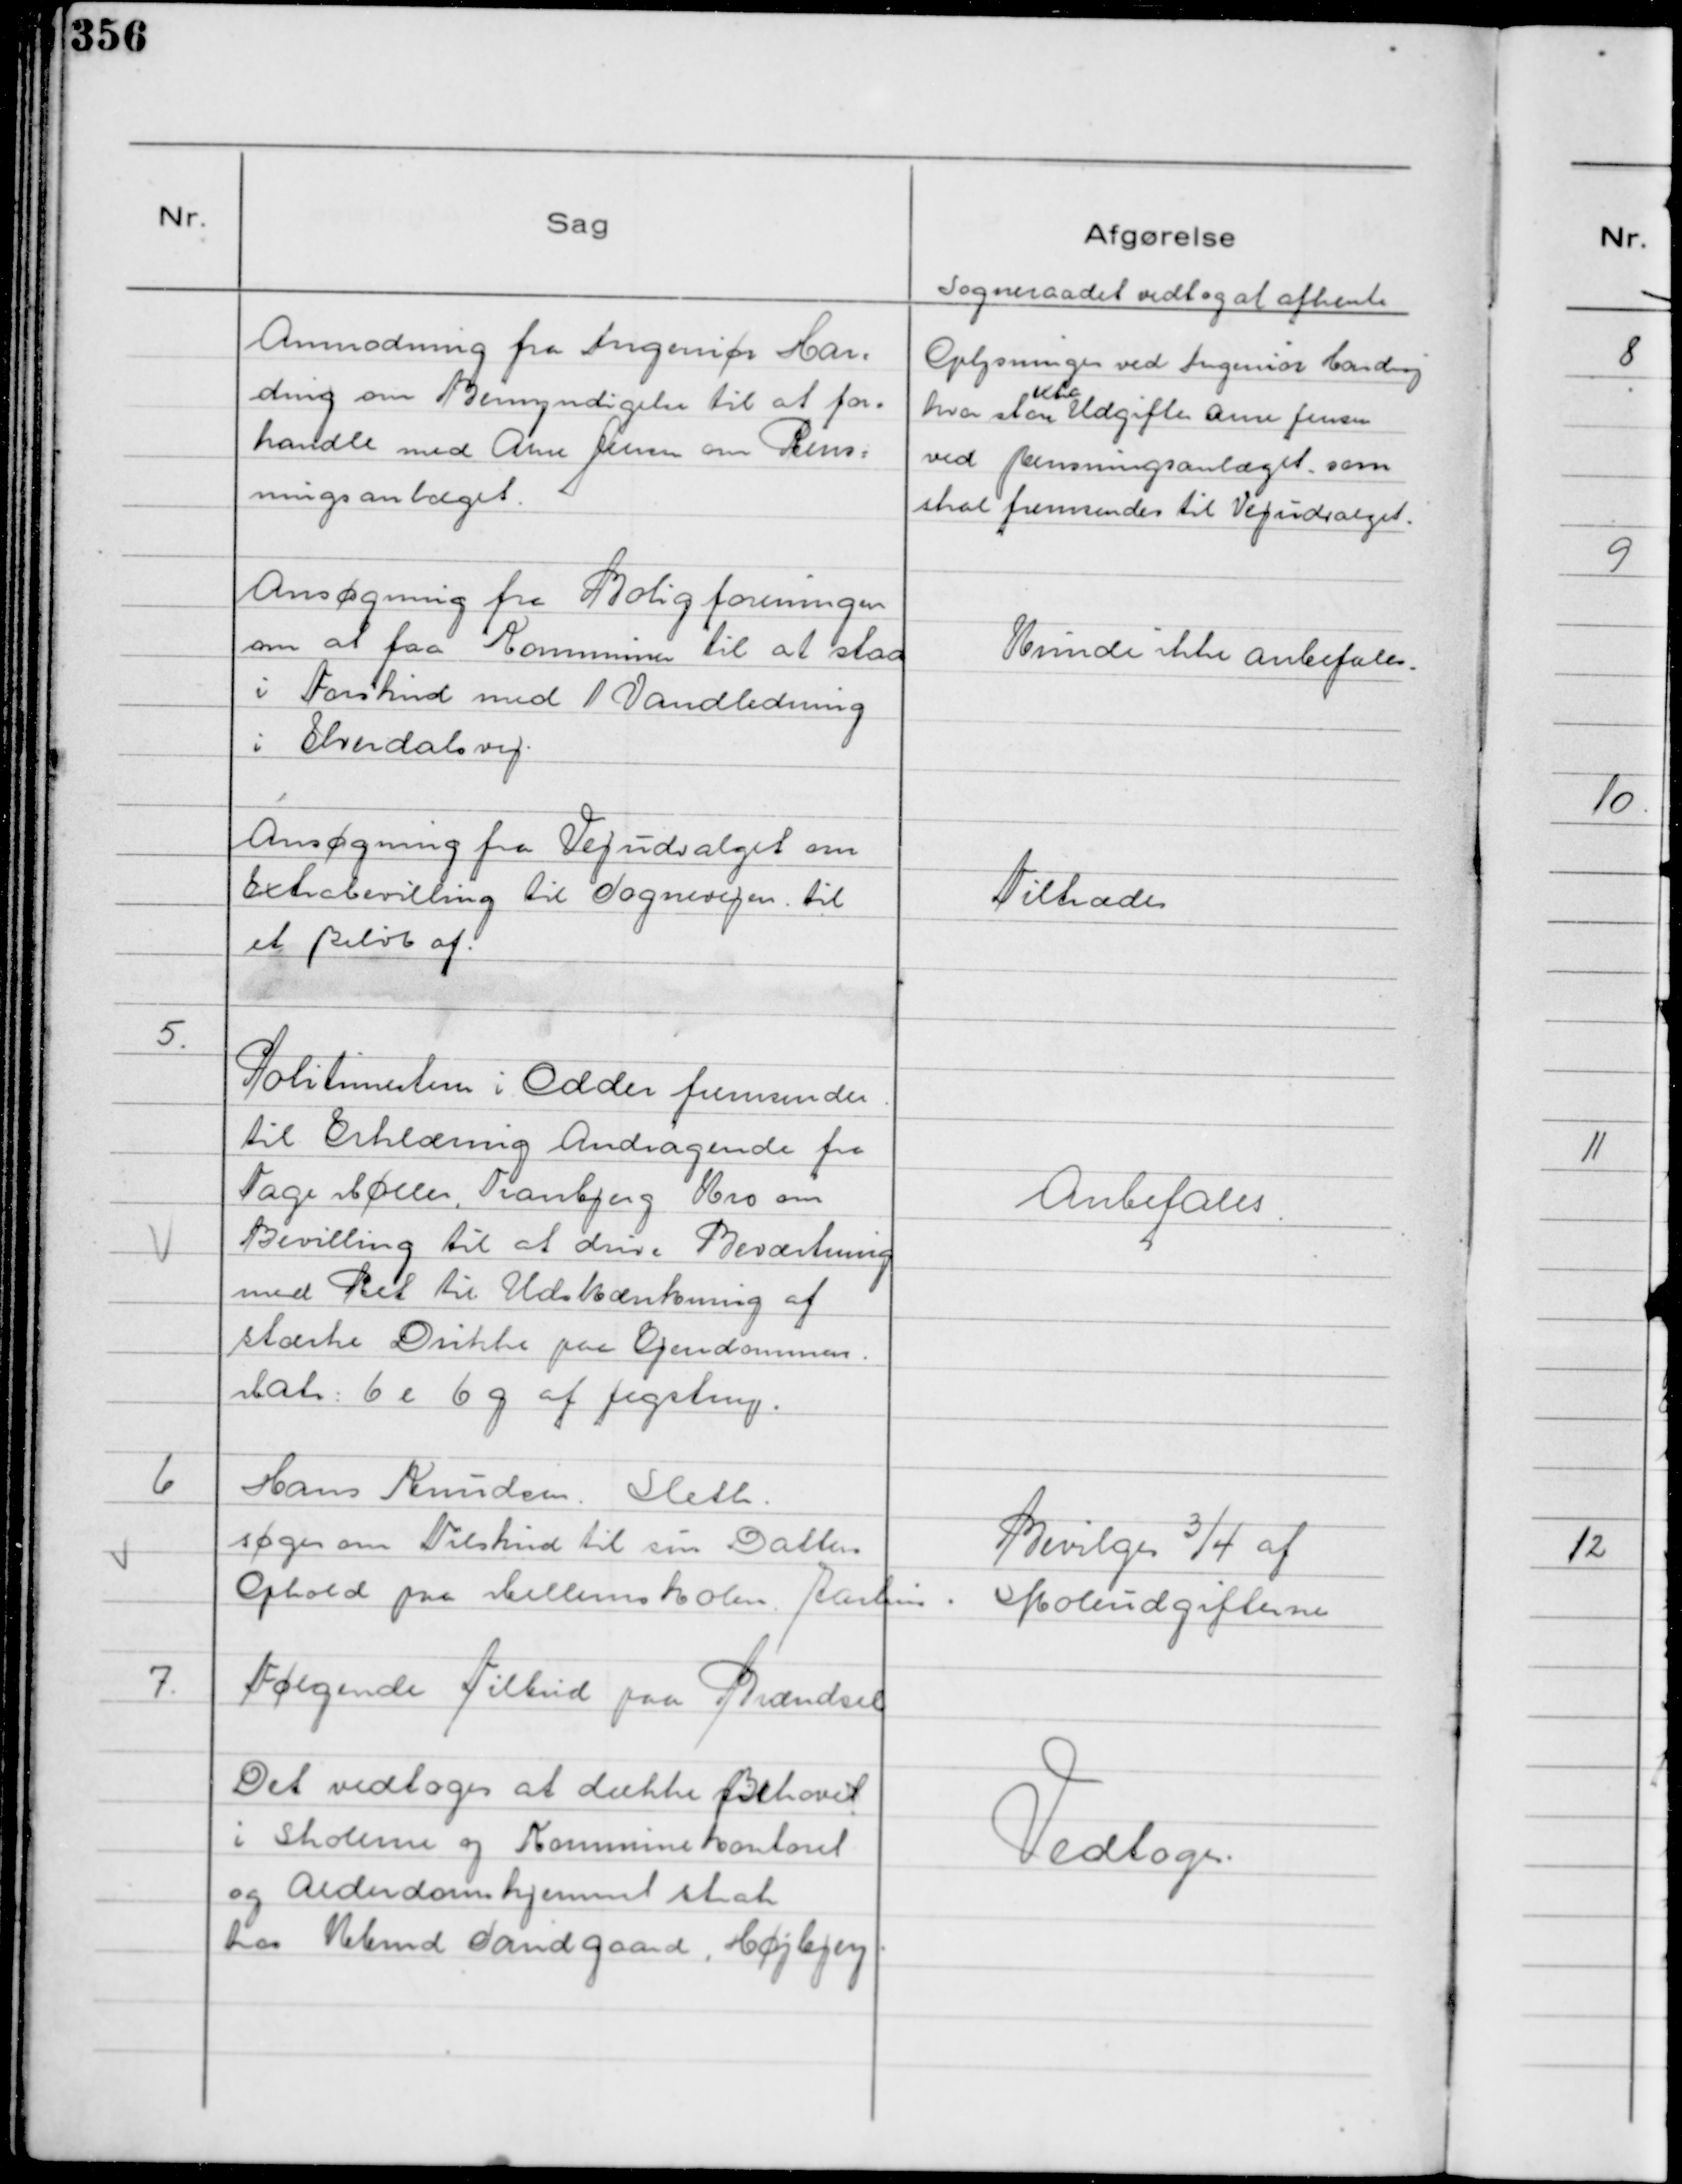
Transskription:
Anmodning fra Ingeniør Har=
ding om Bemyndigelse til at for=
handle med Arne Jensen om Rens=
ningsanlæget.
Sogneraadet vedtog at afhente
Oplysninger ved Ingeniør Harding
hvor store
extra
Udgifter Arne Jensen
ved Rensningsanlæget, som
skal fremsendes til Vejudvalget.
Ansøgning fra Boligforeningen
om at faa Kommunen til at staa
i Forskud med 1 Vandledning
i Elverdalsvej.
Kunde ikke anbefales.
Ansøgning fra Vejudvalget om
Extrabevilling til Sognevejen. til
et Beløb af.
Tiltrædes

5.
Politimesteren i Odder fremsender
til Erklæring Andragende fra
Tage Møller, Tranbjerg Kro om
Bevilling til at drive Beværtning
med Ret til Udskænkning af
stærke Drikke paa Ejendommen
Matr 6 e 6 g af Jegstrup.

Anbefales.

6
Hans Knudsen. Sleth.
søger Tilskud til sin Datters
Ophold paa Mellemskolen. Aarhus.

Bevilges ¾ af
Skoleudgifterne

7.
Følgende Tilbud paa Brændsel
Det vedtoges at dække Behovet
i Skolerne og Kommunekontoret
og Alderdomshjemmet strak
hos Kbmd Sandgaard, Højbjerg

Vedtoges.